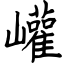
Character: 巏